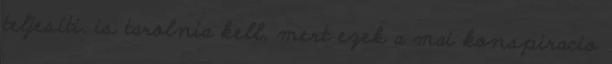
teljesíti. is tarolnia kell, mert ezek a mai konspiracio